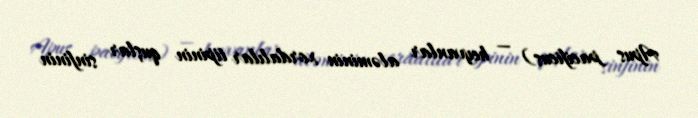
Apus pacificus) — heyvanlar aləminin xordalılar tipinin quşlar sinfinin